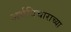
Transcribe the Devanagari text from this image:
अर्थविचाराच्या